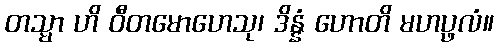
တသ္မာ ဟိ ဝီတမောဟေသု၊ ဒိန္နံ ဟောတိ မဟပ္ဖလံ။